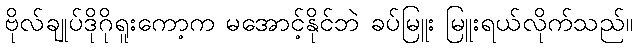
ဗိုလ်ချုပ်ဒိုဂိုရူးကော့က မအောင့်နိုင်ဘဲ ခပ်မြူး မြူးရယ်လိုက်သည်။